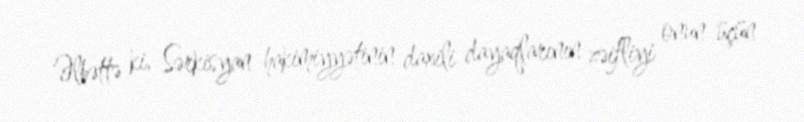
Əlbəttə ki, Sərkisyan hakimiyyətinin daxili dayaqlarının zəifliyi onun üçün